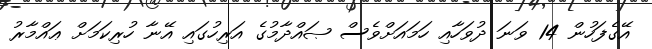
އޭގެފަހުން 14 ވަނަ ދުވަހާއި ހަމައަށްވެސް ޞައްދާމުގެ އަރިހުގައި އޭނާ ހުރިކަމަށް ޢައްމާރު